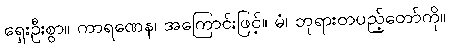
ရှေးဦးစွာ။ ကာရဏေန၊ အကြောင်းဖြင့်။ မံ၊ ဘုရားတပည့်တော်ကို။